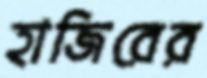
হাজিরের